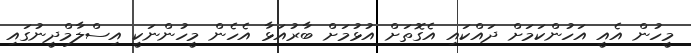
މީހުން އެއީ އަހުންކަމަށް ދައްކައި އެގޮތަށް އުޅުމަށް ބާރުއަޅާ އެހެން މީހުންނަކީ އިސްލާމްދީނުގައި